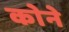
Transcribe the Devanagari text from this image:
काेने